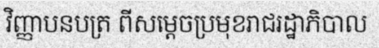
វិញ្ញាបនបត្រ ពីសម្តេចប្រមុខរាជរដ្ឋាភិបាល